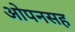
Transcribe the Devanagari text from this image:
ओपनसह